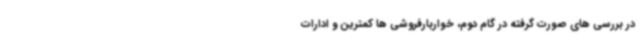
در بررسی های صورت گرفته در گام دوم، خواربارفروشی ها کمترین و ادارات